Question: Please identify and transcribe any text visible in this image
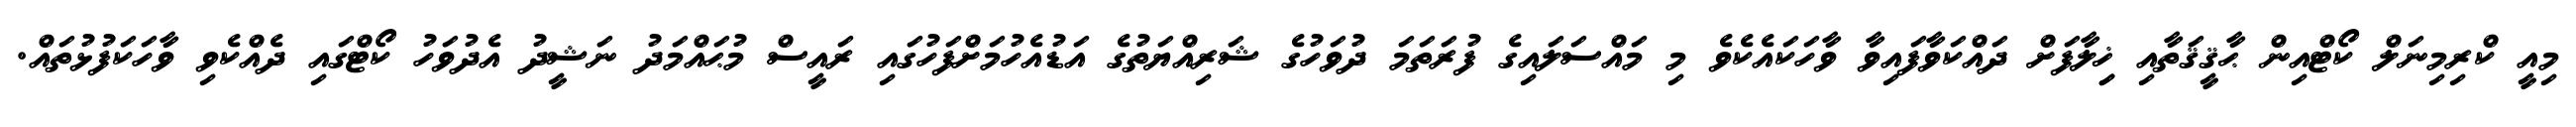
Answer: މިއީ ކްރިމިނަލް ކޯޓްއިން ޙާޤީޤަތާއި ޚިިލާފަށް ދައްކަވާފައިވާ ވާހަކައެކެވެ މި މައްސަލައިގެ ފުރަތަމަ ދުވަހުގެ ޝަރިއްޔަތުގެ އަޑުއެހުމަށްފަހުގައި ރައީސް މުޙައްމަދު ނަޝީދު އެދުވަހު ކޯޓްގައި ދެއްކެވި ވާހަކަފުޅުތައް.